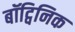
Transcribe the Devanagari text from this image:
बॉट्विनिक